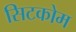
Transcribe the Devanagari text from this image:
सिटकोम